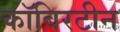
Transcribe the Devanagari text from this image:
कॉबिरटीन